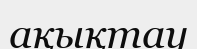
ақықтау